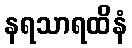
နရသာရထိနံ